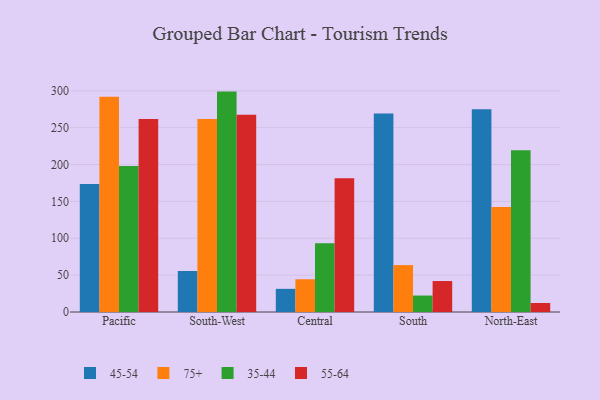
{"axis": {"x": "Region", "y": "Customer Acquisition Cost (USD)"}, "legend": ["35-44", "45-54", "55-64", "75+"], "data": [{"x": "Pacific", "y": 173.5, "type": "45-54"}, {"x": "Pacific", "y": 291.9, "type": "75+"}, {"x": "Pacific", "y": 197.9, "type": "35-44"}, {"x": "Pacific", "y": 261.9, "type": "55-64"}, {"x": "South-West", "y": 55.6, "type": "45-54"}, {"x": "South-West", "y": 261.7, "type": "75+"}, {"x": "South-West", "y": 298.9, "type": "35-44"}, {"x": "South-West", "y": 267.4, "type": "55-64"}, {"x": "Central", "y": 31.4, "type": "45-54"}, {"x": "Central", "y": 44.4, "type": "75+"}, {"x": "Central", "y": 93.3, "type": "35-44"}, {"x": "Central", "y": 181.4, "type": "55-64"}, {"x": "South", "y": 269.3, "type": "45-54"}, {"x": "South", "y": 63.6, "type": "75+"}, {"x": "South", "y": 22.3, "type": "35-44"}, {"x": "South", "y": 42.0, "type": "55-64"}, {"x": "North-East", "y": 274.9, "type": "45-54"}, {"x": "North-East", "y": 142.5, "type": "75+"}, {"x": "North-East", "y": 219.2, "type": "35-44"}, {"x": "North-East", "y": 12.2, "type": "55-64"}]}